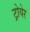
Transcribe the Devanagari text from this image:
ट्रोयेर